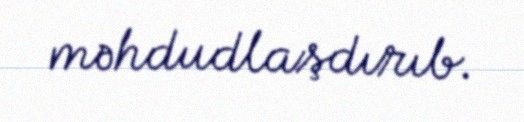
məhdudlaşdırıb.